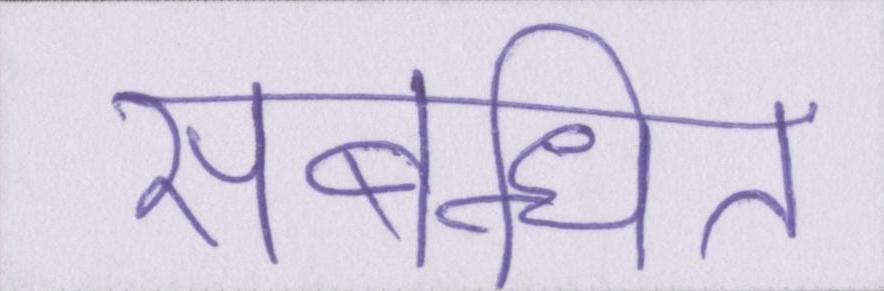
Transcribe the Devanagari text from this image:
संबन्धित